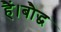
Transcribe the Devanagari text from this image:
हैं।बौद्ध